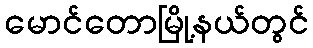
မောင်တောမြို့နယ်တွင်